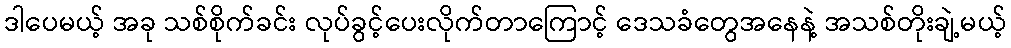
ဒါပေမယ့် အခု သစ်စိုက်ခင်း လုပ်ခွင့်ပေးလိုက်တာကြောင့် ဒေသခံတွေအနေနဲ့ အသစ်တိုးချဲ့မယ့်